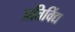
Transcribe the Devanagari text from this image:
प्रतिविंद्य